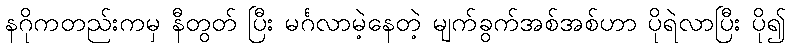
နဂိုကတည်းကမှ နီတွတ် ပြီး မင်္ဂလာမဲ့နေတဲ့ မျက်ခွက်အစ်အစ်ဟာ ပိုရဲလာပြီး ပို၍